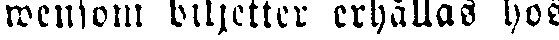
mensom biljetter erhållas hos